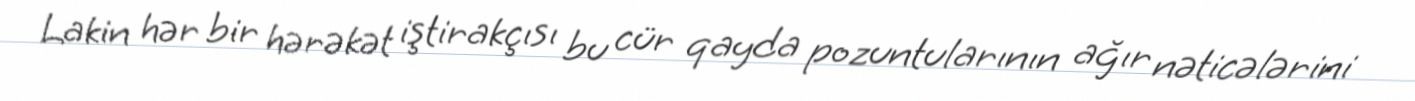
Lakin hər bir hərəkət iştirakçısı bu cür qayda pozuntularının ağır nəticələrini